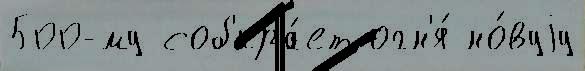
500-му соб'ира́ет огн'я́ но́вуjу